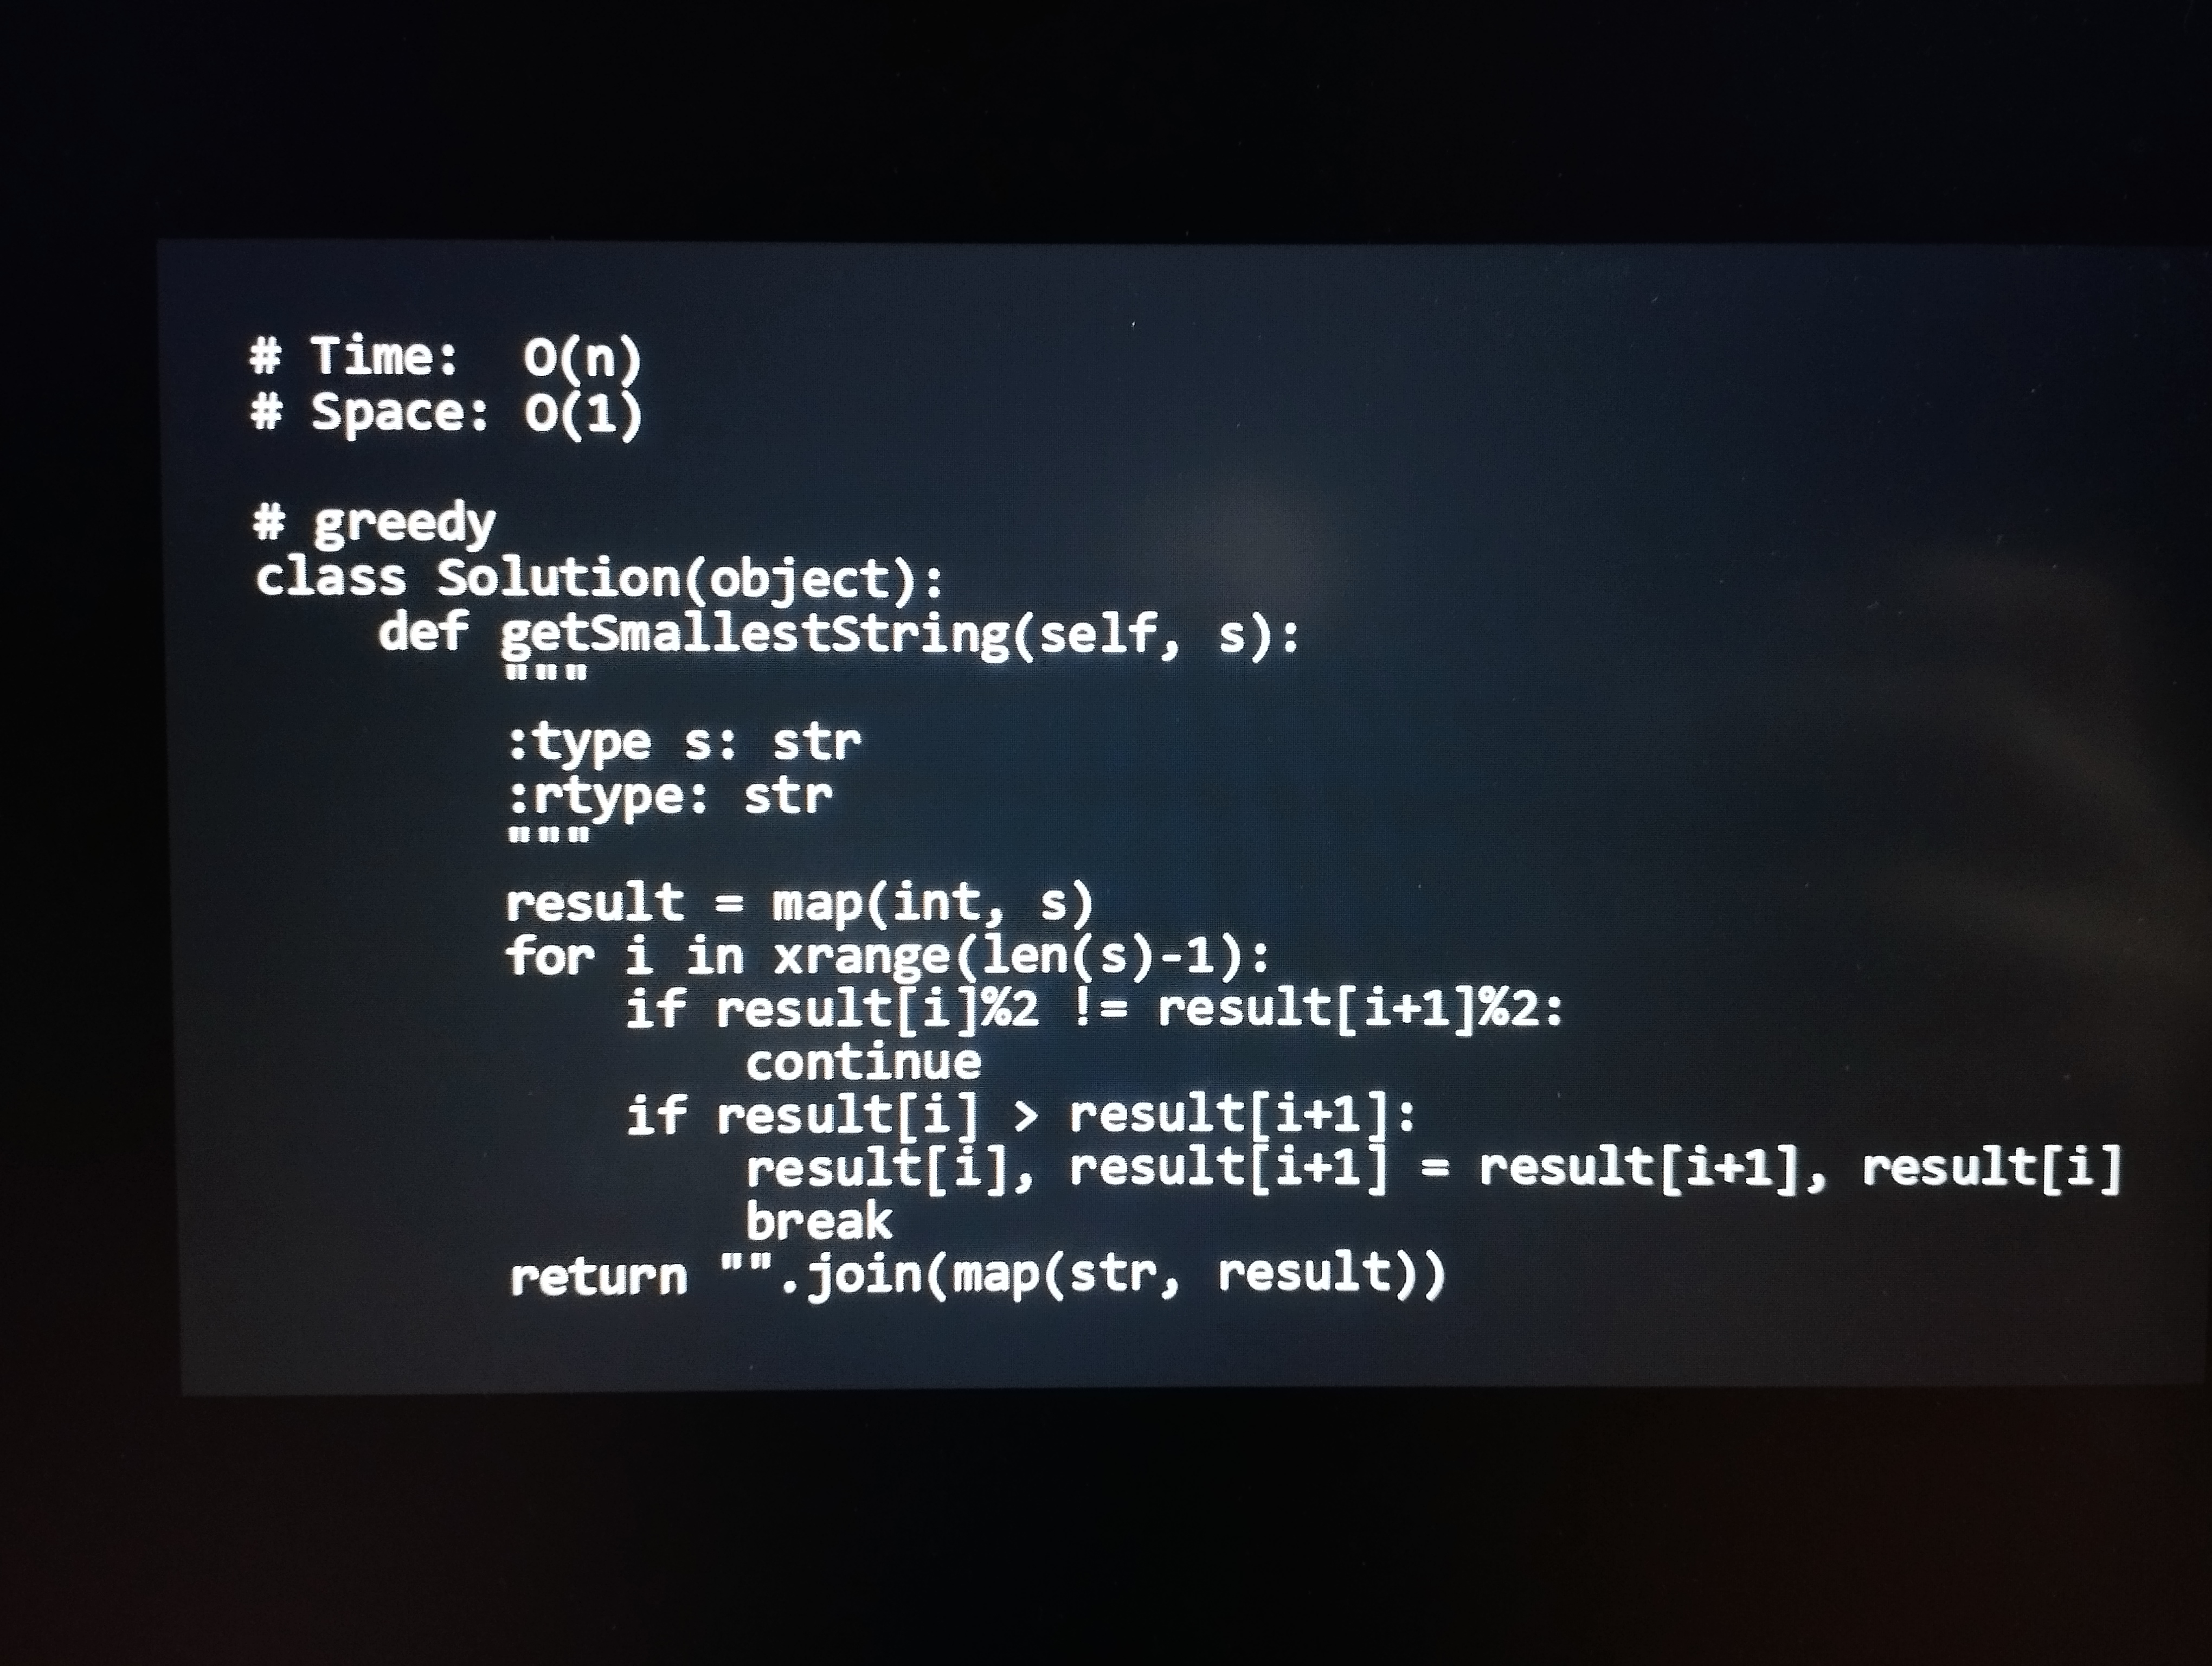
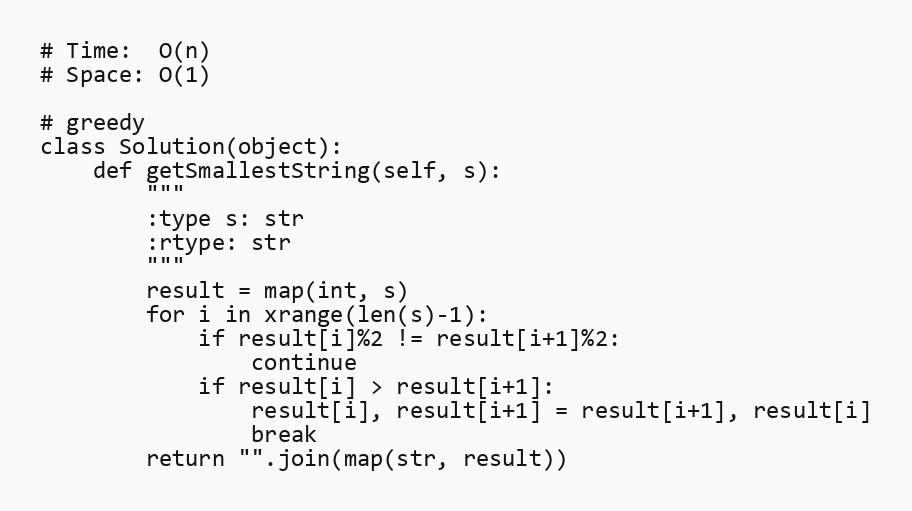
# Time:  O(n)
# Space: O(1)

# greedy
class Solution(object):
    def getSmallestString(self, s):
        """
        :type s: str
        :rtype: str
        """
        result = map(int, s)
        for i in xrange(len(s)-1):
            if result[i]%2 != result[i+1]%2:
                continue
            if result[i] > result[i+1]:
                result[i], result[i+1] = result[i+1], result[i]
                break
        return "".join(map(str, result))